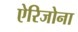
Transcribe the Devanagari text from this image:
ऐरिजोना